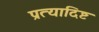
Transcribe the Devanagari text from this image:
प्रत्यादिष्ट